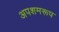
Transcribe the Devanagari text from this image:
अपशमरूप